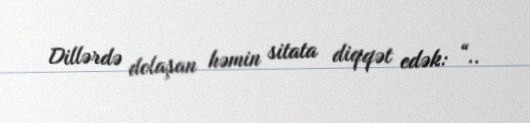
Dillərdə dolaşan həmin sitata diqqət edək: “..